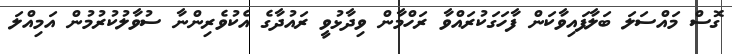
ގޮސް މައްސަލަ ބަލާފައިވާކަން ފާހަގަކުރައްވާ ރަހްމާން ވިދާޅުވީ ރައުދާގެ އެކުވެރިންނާ ސުވާލުކުރުމުން އަމިއްލަ